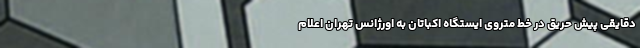
دقایقی پیش حریق در خط متروی ایستگاه اکباتان به اورژانس تهران اعلام